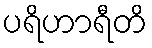
ပရိဟာရီတိ